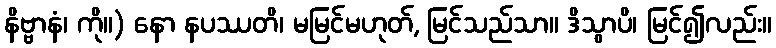
နိဗ္ဗာနံ၊ ကို။) နော နပဿတိ၊ မမြင်မဟုတ်, မြင်သည်သာ။ ဒိသွာပိ၊ မြင်၍လည်း။